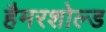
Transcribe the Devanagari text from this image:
हैमरशोल्ड